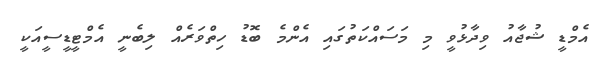
އެމްޑީ ޝުޖާއު ވިދާޅުވީ މި މަސައްކަތުގައި އެންމެ ބޮޑު ހިތްވަރެއް ލިބެނީ އެމްޓީޑީސީއަކީ